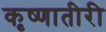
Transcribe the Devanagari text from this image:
कृष्णातीरी